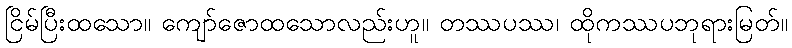
ငြိမ်ပြီးထသော။ ကျော်ဇောထသောလည်းဟူ။ တဿပဿ၊ ထိုကဿပဘုရားမြတ်။